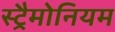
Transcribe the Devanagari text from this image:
स्ट्रैमोनियम